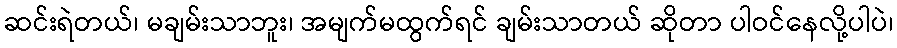
ဆင်းရဲတယ်၊ မချမ်းသာဘူး၊ အမျက်မထွက်ရင် ချမ်းသာတယ် ဆိုတာ ပါဝင်နေလို့ပါပဲ၊